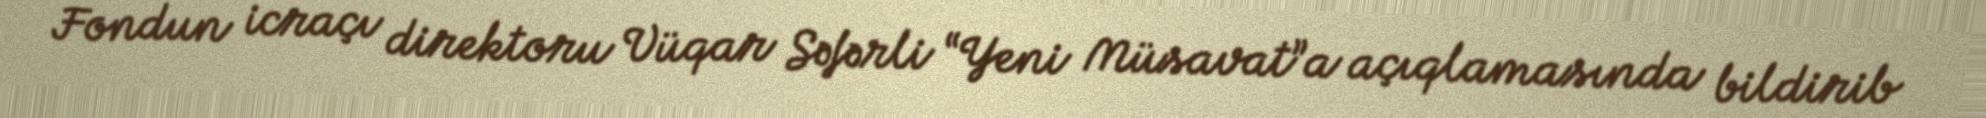
Fondun icraçı direktoru Vüqar Səfərli “Yeni Müsavat”a açıqlamasında bildirib